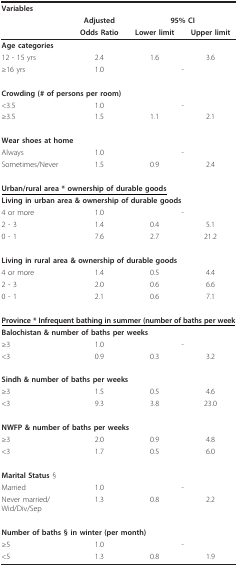
| <COLSPAN=4> Variables |
 |  | Adjusted | <COLSPAN=2> 95% CI |
 |  | Odds Ratio | Lower limit | Upper limit |
 | --- | --- | --- | --- |
 | <COLSPAN=4> Age categories |
 | 12 - 15 yrs | 2.4 | 1.6 | 3.6 |
 | ≥16 yrs | 1.0 | <COLSPAN=2> - |
 | <COLSPAN=4> Crowding (# of persons per room) |
 | <3.5 | 1.0 | <COLSPAN=2> - |
 | ≥3.5 | 1.5 | 1.1 | 2.1 |
 | <COLSPAN=4> Wear shoes at home |
 | Always | 1.0 | <COLSPAN=2> - |
 | Sometimes/Never | 1.5 | 0.9 | 2.4 |
 | <COLSPAN=4> <underline>Urban/rural area * ownership of durable goods</underline> |
 | <COLSPAN=4> Living in urban area & ownership of durable goods |
 | 4 or more | 1.0 | <COLSPAN=2> - |
 | 2 - 3 | 1.4 | 0.4 | 5.1 |
 | 0 - 1 | 7.6 | 2.7 | 21.2 |
 | <COLSPAN=4> Living in rural area & ownership of durable goods |
 | 4 or more | 1.4 | 0.5 | 4.4 |
 | 2 - 3 | 2.0 | 0.6 | 6.6 |
 | 0 - 1 | 2.1 | 0.6 | 7.1 |
 | <COLSPAN=4> <underline>Province * Infrequent bathing in summer (number of baths per week</underline> |
 | <COLSPAN=4> Balochistan & number of baths per weeks |
 | ≥3 | 1.0 | <COLSPAN=2> - |
 | <3 | 0.9 | 0.3 | 3.2 |
 | <COLSPAN=4> Sindh & number of baths per weeks |
 | ≥3 | 1.5 | 0.5 | 4.6 |
 | <3 | 9.3 | 3.8 | 23.0 |
 | <COLSPAN=4> NWFP & number of baths per weeks |
 | ≥3 | 2.0 | 0.9 | 4.8 |
 | <3 | 1.7 | 0.5 | 6.0 |
 | <COLSPAN=4> Marital Status § |
 | Married | 1.0 | <COLSPAN=2> - |
 | Never married/Wid/Div/Sep | 1.3 | 0.8 | 2.2 |
 | <COLSPAN=4> Number of baths §in winter (per month) |
 | ≥5 | 1.0 | <COLSPAN=2> - |
 | <5 | 1.3 | 0.8 | 1.9 |